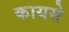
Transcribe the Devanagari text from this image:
कायसे